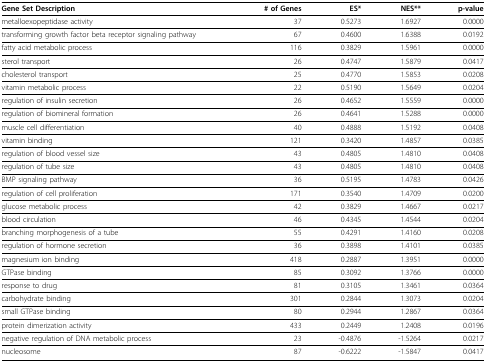
<table><thead><tr><td><b>Gene Set Description</b></td><td><b># of Genes</b></td><td><b>ES*</b></td><td><b>NES**</b></td><td><b>p-value</b></td></tr></thead><tbody><tr><td>metalloexopeptidase activity</td><td>37</td><td>0.5273</td><td>1.6927</td><td>0.0000</td></tr><tr><td>transforming growth factor beta receptor signaling pathway</td><td>67</td><td>0.4600</td><td>1.6388</td><td>0.0192</td></tr><tr><td>fatty acid metabolic process</td><td>116</td><td>0.3829</td><td>1.5961</td><td>0.0000</td></tr><tr><td>sterol transport</td><td>26</td><td>0.4747</td><td>1.5879</td><td>0.0417</td></tr><tr><td>cholesterol transport</td><td>25</td><td>0.4770</td><td>1.5853</td><td>0.0208</td></tr><tr><td>vitamin metabolic process</td><td>22</td><td>0.5190</td><td>1.5649</td><td>0.0204</td></tr><tr><td>regulation of insulin secretion</td><td>26</td><td>0.4652</td><td>1.5559</td><td>0.0000</td></tr><tr><td>regulation of biomineral formation</td><td>26</td><td>0.4641</td><td>1.5288</td><td>0.0000</td></tr><tr><td>muscle cell differentiation</td><td>40</td><td>0.4888</td><td>1.5192</td><td>0.0408</td></tr><tr><td>vitamin binding</td><td>121</td><td>0.3420</td><td>1.4857</td><td>0.0385</td></tr><tr><td>regulation of blood vessel size</td><td>43</td><td>0.4805</td><td>1.4810</td><td>0.0408</td></tr><tr><td>regulation of tube size</td><td>43</td><td>0.4805</td><td>1.4810</td><td>0.0408</td></tr><tr><td>BMP signaling pathway</td><td>36</td><td>0.5195</td><td>1.4783</td><td>0.0426</td></tr><tr><td>regulation of cell proliferation</td><td>171</td><td>0.3540</td><td>1.4709</td><td>0.0200</td></tr><tr><td>glucose metabolic process</td><td>42</td><td>0.3829</td><td>1.4667</td><td>0.0217</td></tr><tr><td>blood circulation</td><td>46</td><td>0.4345</td><td>1.4544</td><td>0.0204</td></tr><tr><td>branching morphogenesis of a tube</td><td>55</td><td>0.4291</td><td>1.4160</td><td>0.0208</td></tr><tr><td>regulation of hormone secretion</td><td>36</td><td>0.3898</td><td>1.4101</td><td>0.0385</td></tr><tr><td>magnesium ion binding</td><td>418</td><td>0.2887</td><td>1.3951</td><td>0.0000</td></tr><tr><td>GTPase binding</td><td>85</td><td>0.3092</td><td>1.3766</td><td>0.0000</td></tr><tr><td>response to drug</td><td>81</td><td>0.3105</td><td>1.3461</td><td>0.0364</td></tr><tr><td>carbohydrate binding</td><td>301</td><td>0.2844</td><td>1.3073</td><td>0.0204</td></tr><tr><td>small GTPase binding</td><td>80</td><td>0.2944</td><td>1.2867</td><td>0.0364</td></tr><tr><td>protein dimerization activity</td><td>433</td><td>0.2449</td><td>1.2408</td><td>0.0196</td></tr><tr><td>negative regulation of DNA metabolic process</td><td>23</td><td>-0.4876</td><td>-1.5264</td><td>0.0217</td></tr><tr><td>nucleosome</td><td>87</td><td>-0.6222</td><td>-1.5847</td><td>0.0417</td></tr></tbody></table>